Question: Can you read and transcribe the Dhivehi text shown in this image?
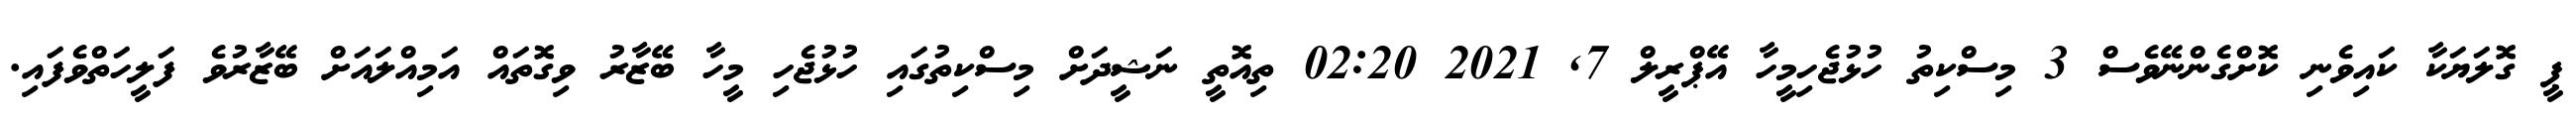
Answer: ޕީ ގޮލަޔަކާ ކައިވެނި ކޮށްގެންނޭވެސް 3 މިސްކިތު ހުޅުޖެހިމީހާ އޭޕްރީލް 7, 2021 02:20 ތިއޮތީ ނަޝީދަށް މިސްކިތުގައި ހުޅުޖެހި މީހާ ބޭޒާރު ވިގޮތައް އަމިއްލައަށް ބޭޒާރުވެ ފަލީހަތްވެފައި.